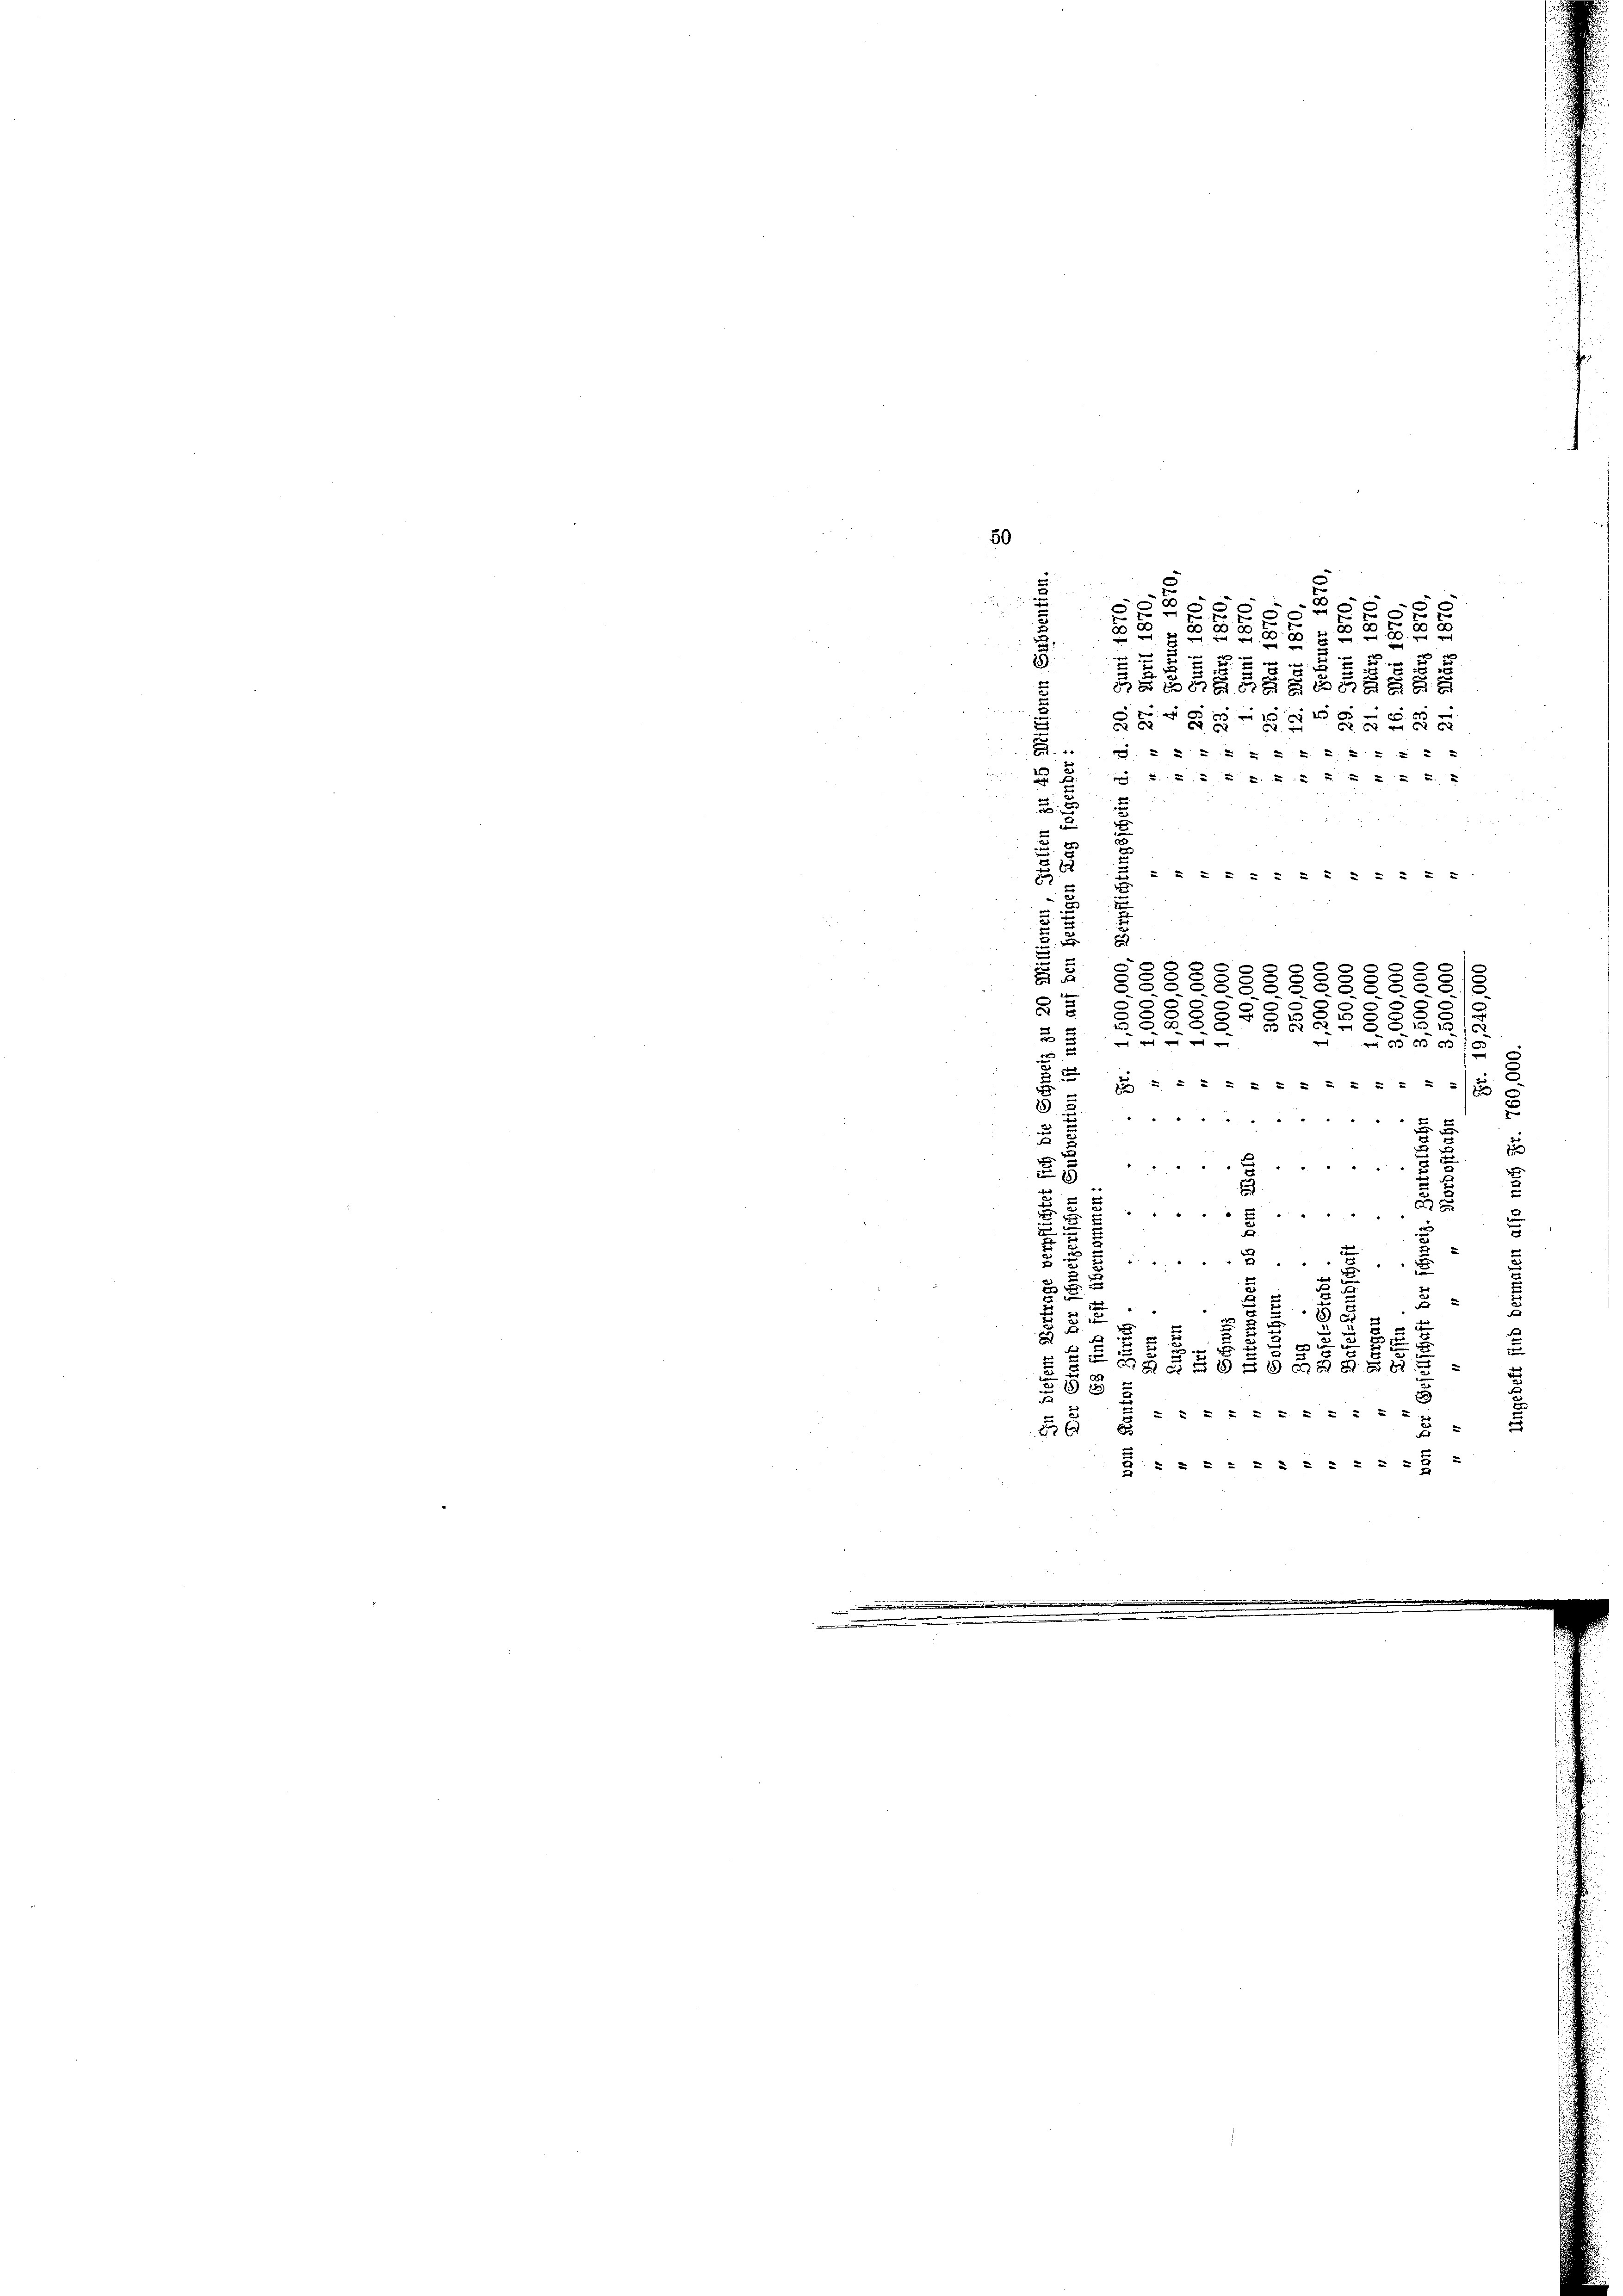
50
e
n

60
e
2
.
2
E
5
.
e
e
0 000
.
u
 x
e
88
§ 2
3

g
u
            "
A 2
e
a
2 x
e
a
u
   "  "  "     "
.

.
3
x

6

i
.
0

u
x
2
d
  "        "
d
1
2   "  "     "
2

3
2
..........
8
1
.
2
E
.
2
 x
0 x
4
x
u
7
u
2
u
3

2
u
1
.
2
u
e
d
1
r
2
2
i
5
u
55.
2
a
2

u

maen
u
u
 xx
u            5
u
2
e
50
 . . . . . . . . . . 29

3
S§888. 558
.
8
58
.
2
3
2
2